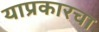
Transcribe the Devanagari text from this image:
याप्रकारचा